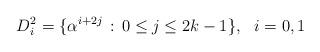
LaTeX: \begin{align*}D^{2}_i=\{\alpha^{i+2j}\,:\,0\leq j\leq 2k-1\},\,\,\,\,i=0,1\end{align*}